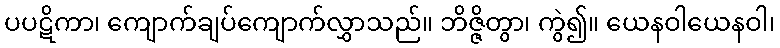
ပပဋိကာ၊ ကျောက်ချပ်ကျောက်လွှာသည်။ ဘိဇ္ဇိတွာ၊ ကွဲ၍။ ယေနဝါယေနဝါ၊